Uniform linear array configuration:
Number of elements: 48
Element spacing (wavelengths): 0.5
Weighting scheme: binomial
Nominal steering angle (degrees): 45
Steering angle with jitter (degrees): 43.855
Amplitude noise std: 0.05
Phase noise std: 0.05

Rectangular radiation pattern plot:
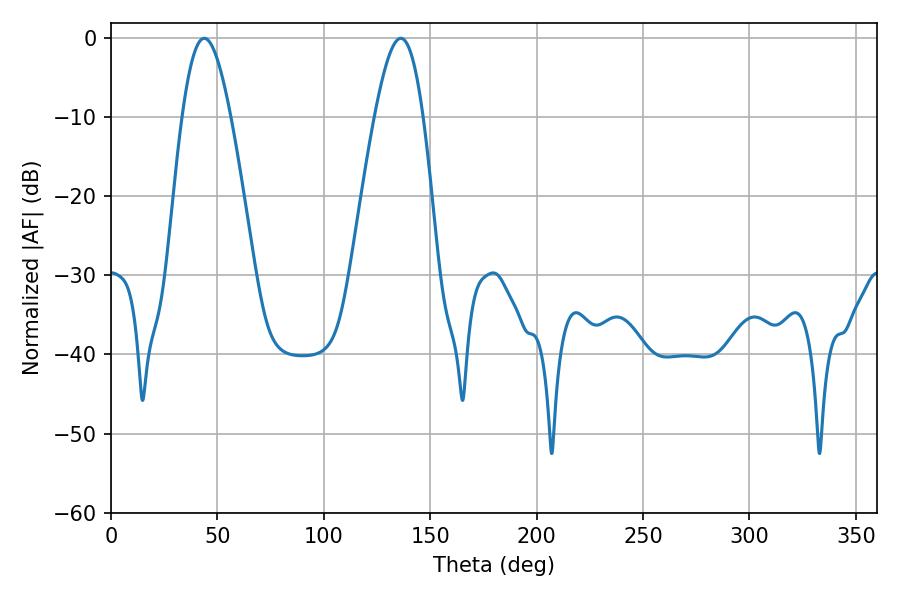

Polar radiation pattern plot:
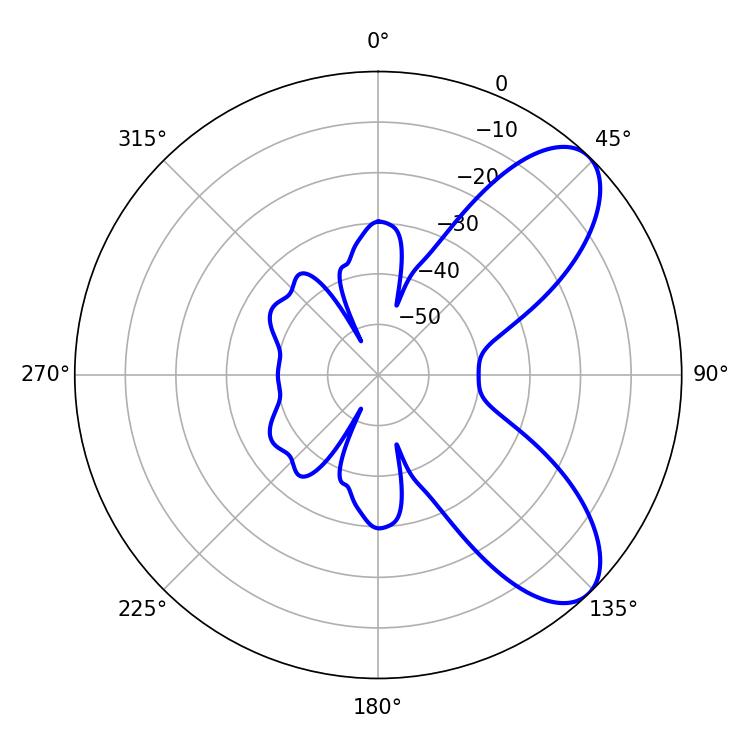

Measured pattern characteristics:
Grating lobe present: FALSE
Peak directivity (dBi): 7.89
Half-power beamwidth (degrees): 12.24
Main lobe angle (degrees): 43.74